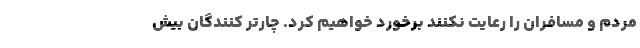
مردم و مسافران را رعایت نکنند برخورد خواهیم کرد. چارتر کنندگان بیش